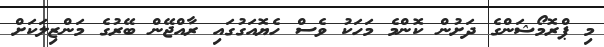
މި ޕްރޮމޯޝަންގެ ދަށުން ކޮންމެ މަހަކު ވެސް ހެޔޮއަގުގައި ރާއްޖޭން ބޭރުގެ މަންޒިލަކަށް